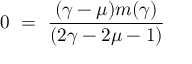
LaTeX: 0 ~ = ~ \frac { ( \gamma - \mu ) m ( \gamma ) } { ( 2 \gamma - 2 \mu - 1 ) }